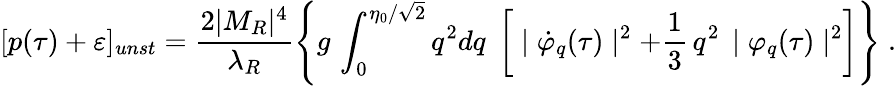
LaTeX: [p(\tau)+\varepsilon]_{unst}=\frac{2|M_{R}|^{4}}{\lambda_{R}}\left\{ g\, \int_{0}^{\eta_{0}/\sqrt 2}q^{2}dq\; \left[\; \mid{\dot{\varphi}}_{q}(\tau)\mid^{2}+\frac{1}{3}\, q^{2}\, \mid{\varphi}_{q}(\tau)\mid^{2}\right]\right\} \; .